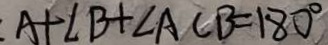
A + \angle B + \angle A C B = 1 8 0 ^ { \circ }